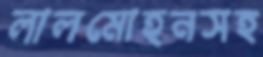
লালমোহনসহ